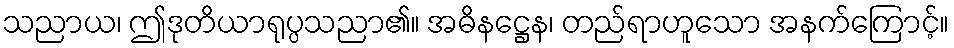
သညာယ၊ ဤဒုတိယာရုပ္ပသညာ၏။ အဓိနဋ္ဌေန၊ တည်ရာဟူသော အနက်ကြောင့်။